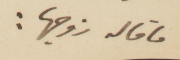
ما قاله زوحها: